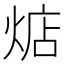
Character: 𱫛